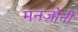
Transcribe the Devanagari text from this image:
मनज़ोनी